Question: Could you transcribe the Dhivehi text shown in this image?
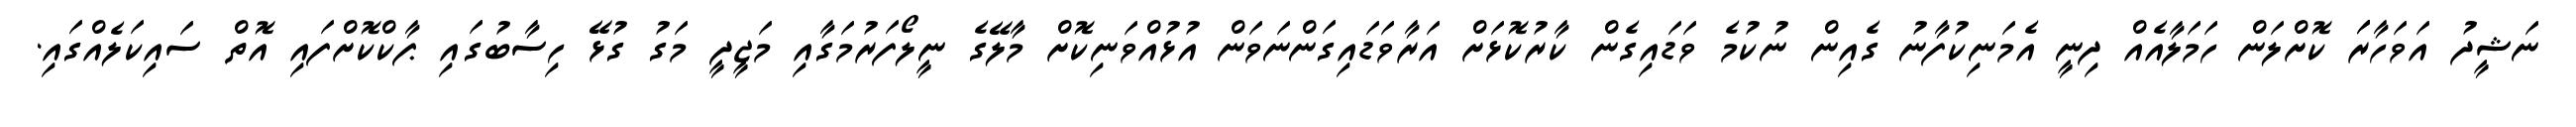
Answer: ނަޝީދު އަވަހާރަަ ކޮށްލަން ހަމަލާއެއް ދިނީ އެމަނިކުފާނު ގެއިން ނުކުމެ ވަޑައިގެން ކާރުކޮޅަށް އަރާވަޑައިގަންނަވަން އުޅުއްވަނިކޮށް މާލޭގެ ނީލޯފަރުމަގާއި މަޖީދީ މަގު ގުޅޭ ހިސާބުގައި ޕާކްކޮށްފައި އޮތް ސައިކަލެއްގައި.